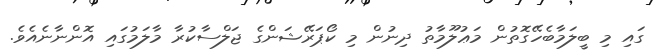
ގައި މި ބީލަމާބެހޭގޮތުން މަޢުލޫމާތު ދިނުން މި ކޯޕަރޭޝަންގެ ޖަލްސާކުރާ މާލަމުގައި އޮންނާނެއެވެ.